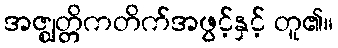
အဇ္ဈတ္တိကတိက်အဖွင့်နှင့် တူ၏။